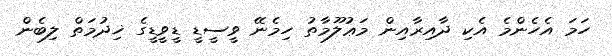
ހަމަ އެހެންމެ އެކި ދާއިރާއިން މަޢުލޫމާތު ހިމެނޭ ވީސީޑީ ޑީވީޑީގެ ޚިދުމަތް ލިބެން